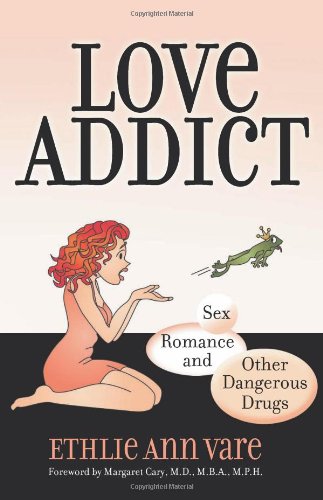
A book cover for Love Addict: Sex, Romance, and Other Dangerous Drugs; Ethlie Ann Vare; Self-Help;